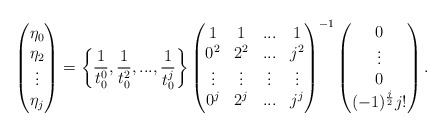
\begin{align*}\begin{pmatrix}\eta_0\\\eta_2\\\vdots\\\eta_j\end{pmatrix}=\bigg\{\frac{1}{t_0^0},\frac{1}{t_0^2},...,\frac{1}{t_0^{j}}\bigg\}\begin{pmatrix}1 & 1 & ... & 1\\0^2 & 2^2 &... & j^2\\\vdots & \vdots & \vdots & \vdots\\0^{j} & 2^j & ... & j^j\\\end{pmatrix}^{-1}\begin{pmatrix}0\\\vdots\\0\\(-1)^{\frac{j}{2}}j!\\\end{pmatrix}.\end{align*}